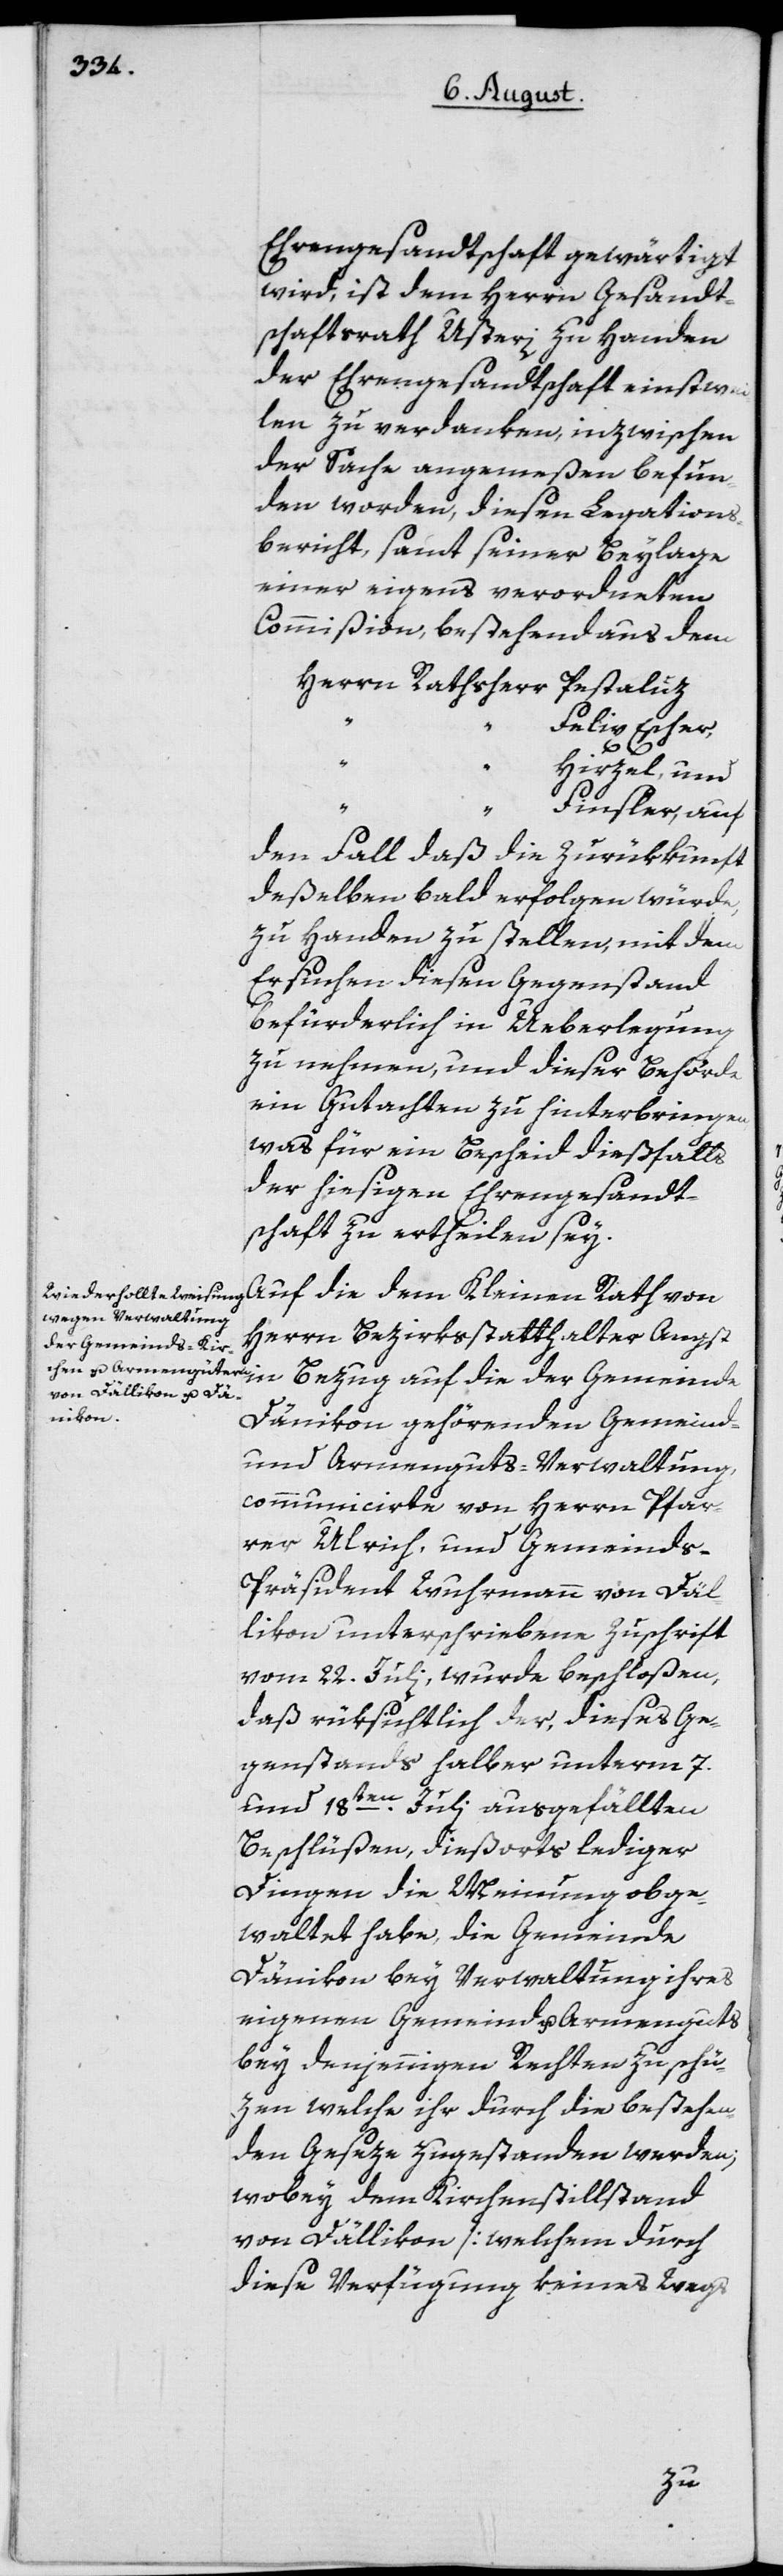
Ehrengesandtschaft gewärtigt
wird, ist dem Herrn Gesandt¬
schaftsrath Usteri zu Handen
der Ehrengesandtschaft einstwe¬
ilen zu verdanken, inzwischen
der Sache angemeßen befun¬
den worden, diesen Legations¬
bericht, samt seiner Beylage
einer eigens verordneten
Commißion, bestehend aus dem
Herrn Rathsherr Pestaluz
Felix Escher,
“
“
Hirzel, und
“
“
Finsler, auf
den Fall daß die Zurükkunft
deßelben bald erfolgen würde,
zu Handen zu stellen, mit dem
Ersuchen diesen Gegenstand
befürderlich in Ueberlegung
zu nehmen, und dieser Behörde
ein Gutachten zu hinterbringen,
was für ein Bescheid dießfalls
der hiesigen Ehrengesandt¬
schaft zu ertheilen sey.
Herrn Bezirksstatthalter Angs¬
t in Bezug auf die der Gemeinde
Dänikon gehörenden Gemeind-
und Armenguts-Verwaltung,
communicirte von Herrn Pfar¬
rer Ulrich, und Gemeind¬
s-Präsident Wuhrmann von Däl¬
likon unterschriebene Zuschrift
vom 22. Juli, wurde beschloßen,
daß rüksichtlich der, dieses Ge¬
genstands halber unterm 7.
und 18ten Juli ausgefällten
Beschlüßen, dießorts lediger
Dingen die Meinung obge¬
waltet habe, die Gemeinde
Dänikon bey Verwaltung ihres
eigenen Gemeind u. Armenguts
bey denjennigen Rechten zu schü¬
zen welche ihr durch die bestehen¬
den Geseze zugestanden werden;
wobey dem Kirchenstillstand
von Dällikon [welchem durch
diese Verfügung keines Wegs